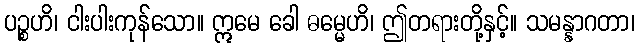
ပဉ္စဟိ၊ ငါးပါးကုန်သော။ ဣမေ ခေါ ဓမ္မေဟိ၊ ဤတရားတို့နှင့်။ သမန္နာဂတာ၊